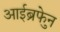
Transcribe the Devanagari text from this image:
आईब्रुफेन